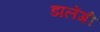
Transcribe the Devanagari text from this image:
डालेंगी